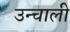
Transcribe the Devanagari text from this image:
उन्चाली